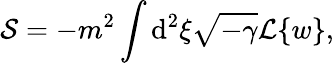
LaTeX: {\cal S}=-m^{2}\int\mathrm{d}^{2}\xi\sqrt{-\gamma}{\cal L}\{ w\} ,